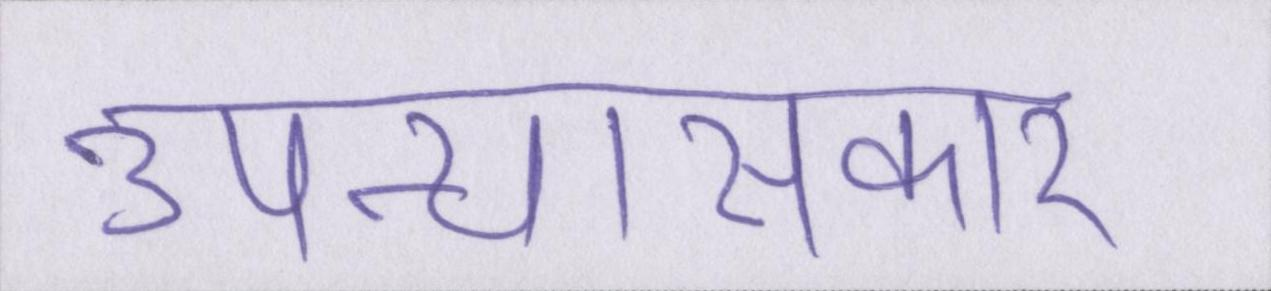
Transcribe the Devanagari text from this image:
उपन्यासकार